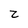
Character: z